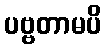
ပဗ္ဗတာမပိ